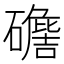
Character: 𥖷